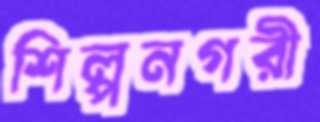
শিল্পনগরী